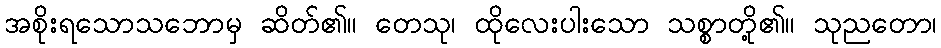
အစိုးရသောသဘောမှ ဆိတ်၏။ တေသု၊ ထိုလေးပါးသော သစ္စာတို့၏။ သုညတော၊